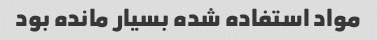
مواد استفاده شده بسیار مانده بود